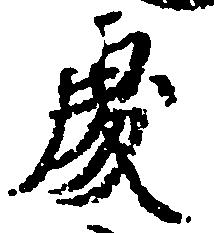
処